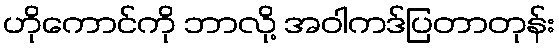
ဟိုကောင်ကို ဘာလို့ အဝါကဒ်ပြတာတုန်း